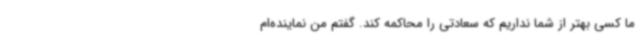
ما کسی بهتر از شما نداریم که سعادتی را محاکمه کند. گفتم من نماینده‌ام